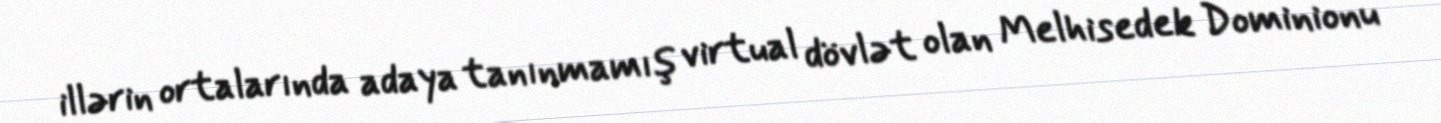
illərin ortalarında adaya tanınmamış virtual dövlət olan Melhisedek Dominionu